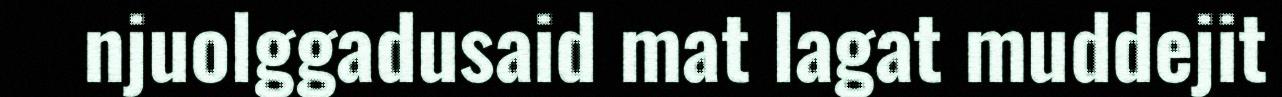
njuolggadusaid mat lagat muddejit